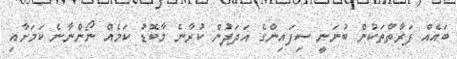
ބައެއް ފަރާތްތަކުން ބުނަނީ ސިފައިންގެ އަދަދުން ކުރާނެ މާބޮޑު ކަމެއް ނޯންނާނެ ކަމަށާއި